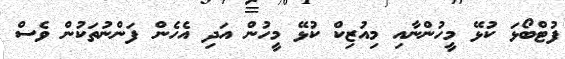
ފުޓްބޯޅަ ކުޅޭ މީހުންނާއި މިއުޒިކް ކުޅޭ މީހުން އަދި އެހެން ފަންނުތަކުން ވެސް